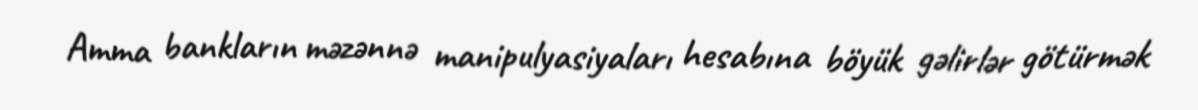
Amma bankların məzənnə manipulyasiyaları hesabına böyük gəlirlər götürmək